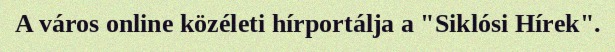
A város online közéleti hírportálja a "Siklósi Hírek".